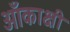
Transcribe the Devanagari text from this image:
आँकाक्षी